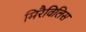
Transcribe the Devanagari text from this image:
मिरैविलिस